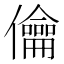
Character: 㒢